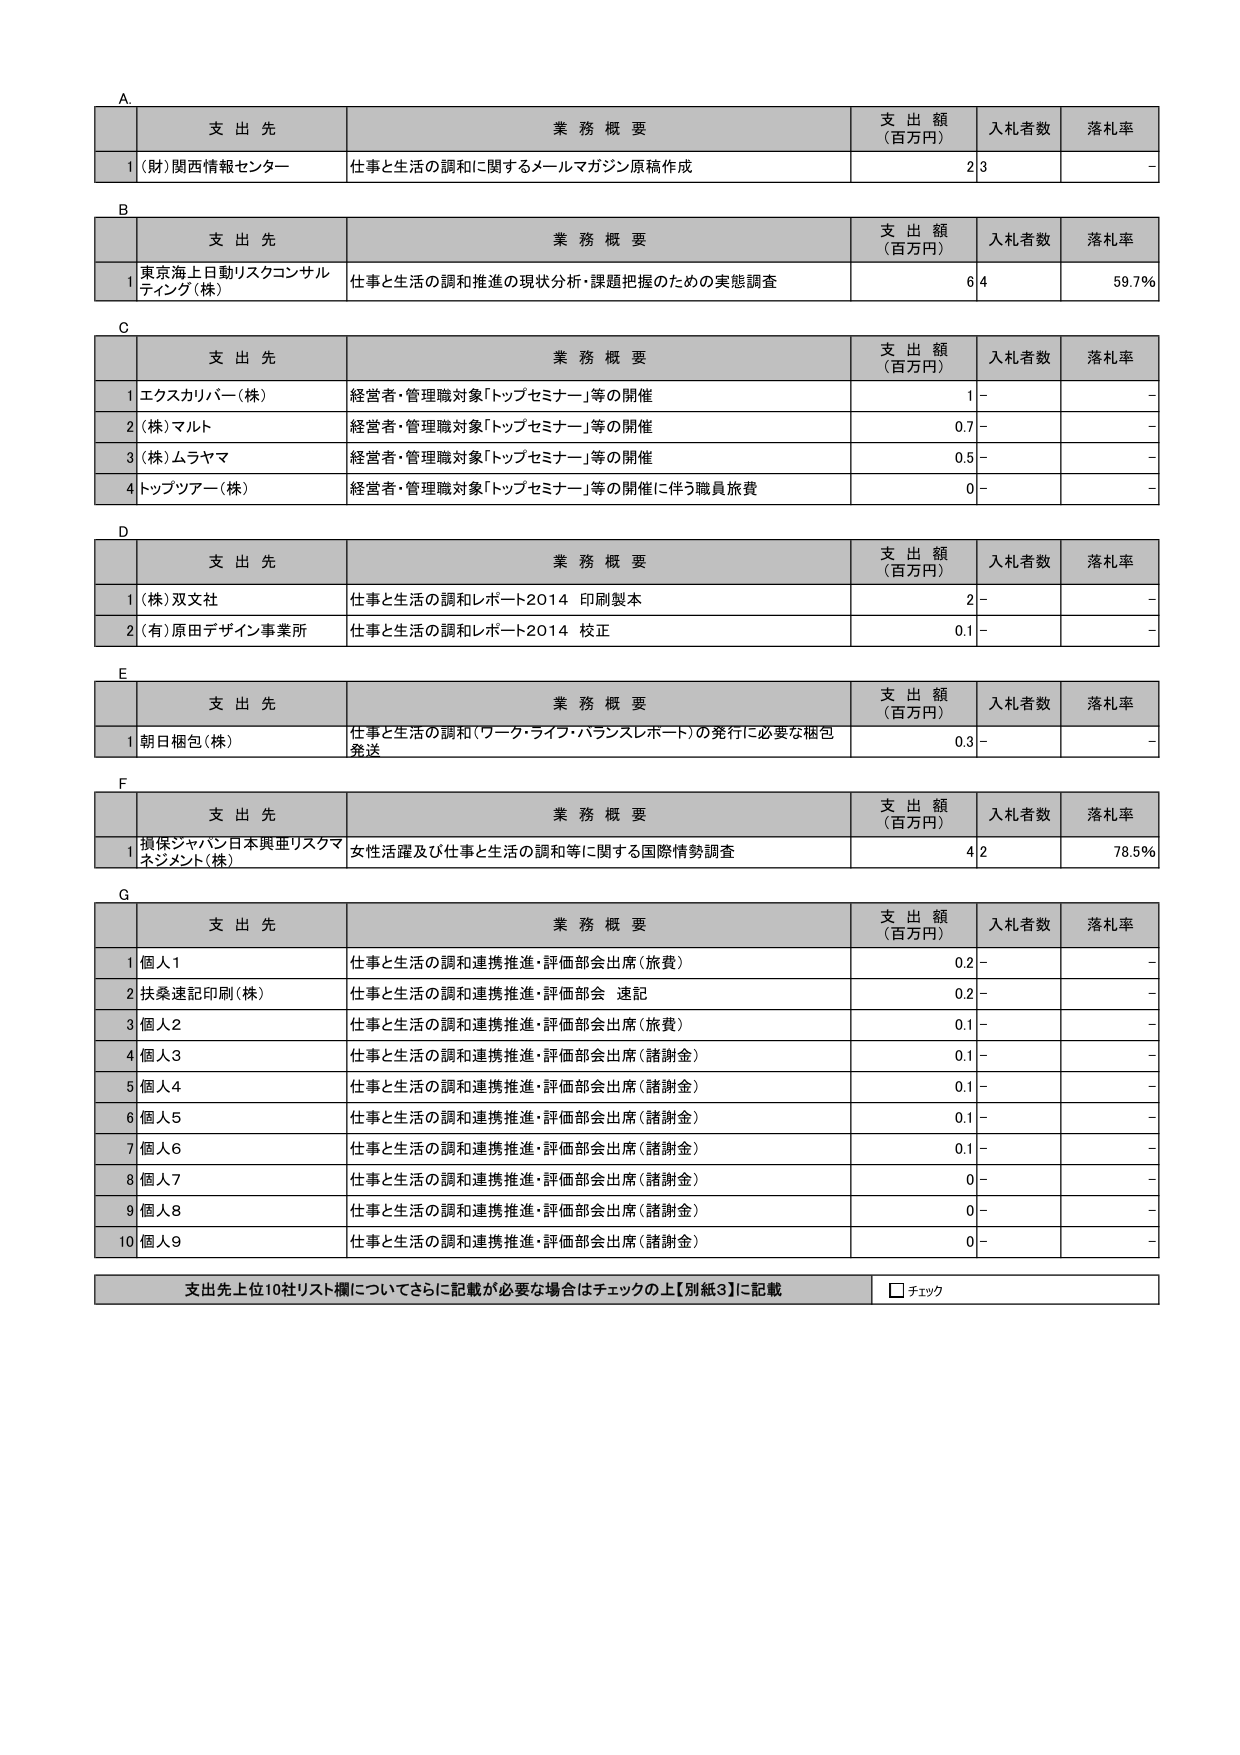
A.
支 出 先 業 務 概 要 支 出 額 （百万円） 入札者数 落札率
1 (財)関西情報センター 仕事と生活の調和に関するメールマガジン原稿作成 2 3 -

B
支 出 先 業 務 概 要 支 出 額 （百万円） 入札者数 落札率
1 東京海上日動リスクコンサルティング(株) 仕事と生活の調和推進の現状分析・課題把握のための実態調査 6 4 59.7%

C
支 出 先 業 務 概 要 支 出 額 （百万円） 入札者数 落札率
1 エクスカリバー(株) 経営者・管理職対象「トップセミナー」等の開催 1 - -
2 (株)マルト 経営者・管理職対象「トップセミナー」等の開催 0.7 - -
3 (株)ムラヤマ 経営者・管理職対象「トップセミナー」等の開催 0.5 - -
4 トップツアー(株) 経営者・管理職対象「トップセミナー」等の開催に伴う職員旅費 0 - -

D
支 出 先 業 務 概 要 支 出 額 （百万円） 入札者数 落札率
1 (株)双文社 仕事と生活の調和とレポート2014 印刷製本 2 - -
2 (有)原田デザイン事業所 仕事と生活の調和とレポート2014 校正 0.1 - -

E
支 出 先 業 務 概 要 支 出 額 （百万円） 入札者数 落札率
1 朝日梱包(株) 仕事と生活の調和（ワーク・ライフ・バランスレポート）の発行に必要な梱包発送 0.3 - -

F
支 出 先 業 務 概 要 支 出 額 （百万円） 入札者数 落札率
1 損保ジャパン日本興亜リスクマネジメント(株) 女性活躍及び仕事と生活の調和等に関する国際情勢調査 4 2 78.5%

G
支 出 先 業 務 概 要 支 出 額 （百万円） 入札者数 落札率
1 個人1 仕事と生活の調和連携推進・評価部会出席(旅費) 0.2 - -
2 扶桑速記印刷(株) 仕事と生活の調和連携推進・評価部会 速記 0.2 - -
3 個人2 仕事と生活の調和連携推進・評価部会出席(旅費) 0.1 - -
4 個人3 仕事と生活の調和連携推進・評価部会出席(諸謝金) 0.1 - -
5 個人4 仕事と生活の調和連携推進・評価部会出席(諸謝金) 0.1 - -
6 個人5 仕事と生活の調和連携推進・評価部会出席(諸謝金) 0.1 - -
7 個人6 仕事と生活の調和連携推進・評価部会出席(諸謝金) 0.1 - -
8 個人7 仕事と生活の調和連携推進・評価部会出席(諸謝金) 0 - -
9 個人8 仕事と生活の調和連携推進・評価部会出席(諸謝金) 0 - -
10 個人9 仕事と生活の調和連携推進・評価部会出席(諸謝金) 0 - -

支出先上位10社リスト欄についてさらに記載が必要な場合はチェックの上【別紙3】に記載 □ チェック